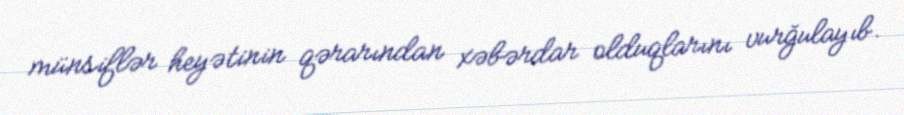
münsiflər heyətinin qərarından xəbərdar olduqlarını vurğulayıb.